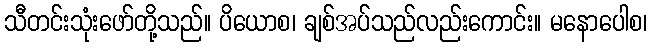
သီတင်းသုံးဖော်တို့သည်။ ပိယောစ၊ ချစ်အပ်သည်လည်းကောင်း။ မနောပေါစ၊